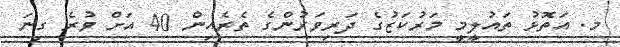
މ. އަތޮޅު ތައުލީމީ މަރުކަޒުގެ ދަރިވަރުންގެ ތެރެއިން 40 އަށް ވުރެ ގިނަ